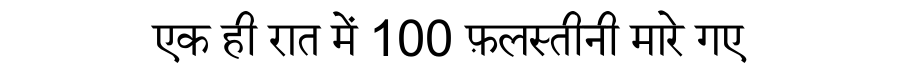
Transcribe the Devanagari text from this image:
एक ही रात में 100 फ़लस्तीनी मारे गए